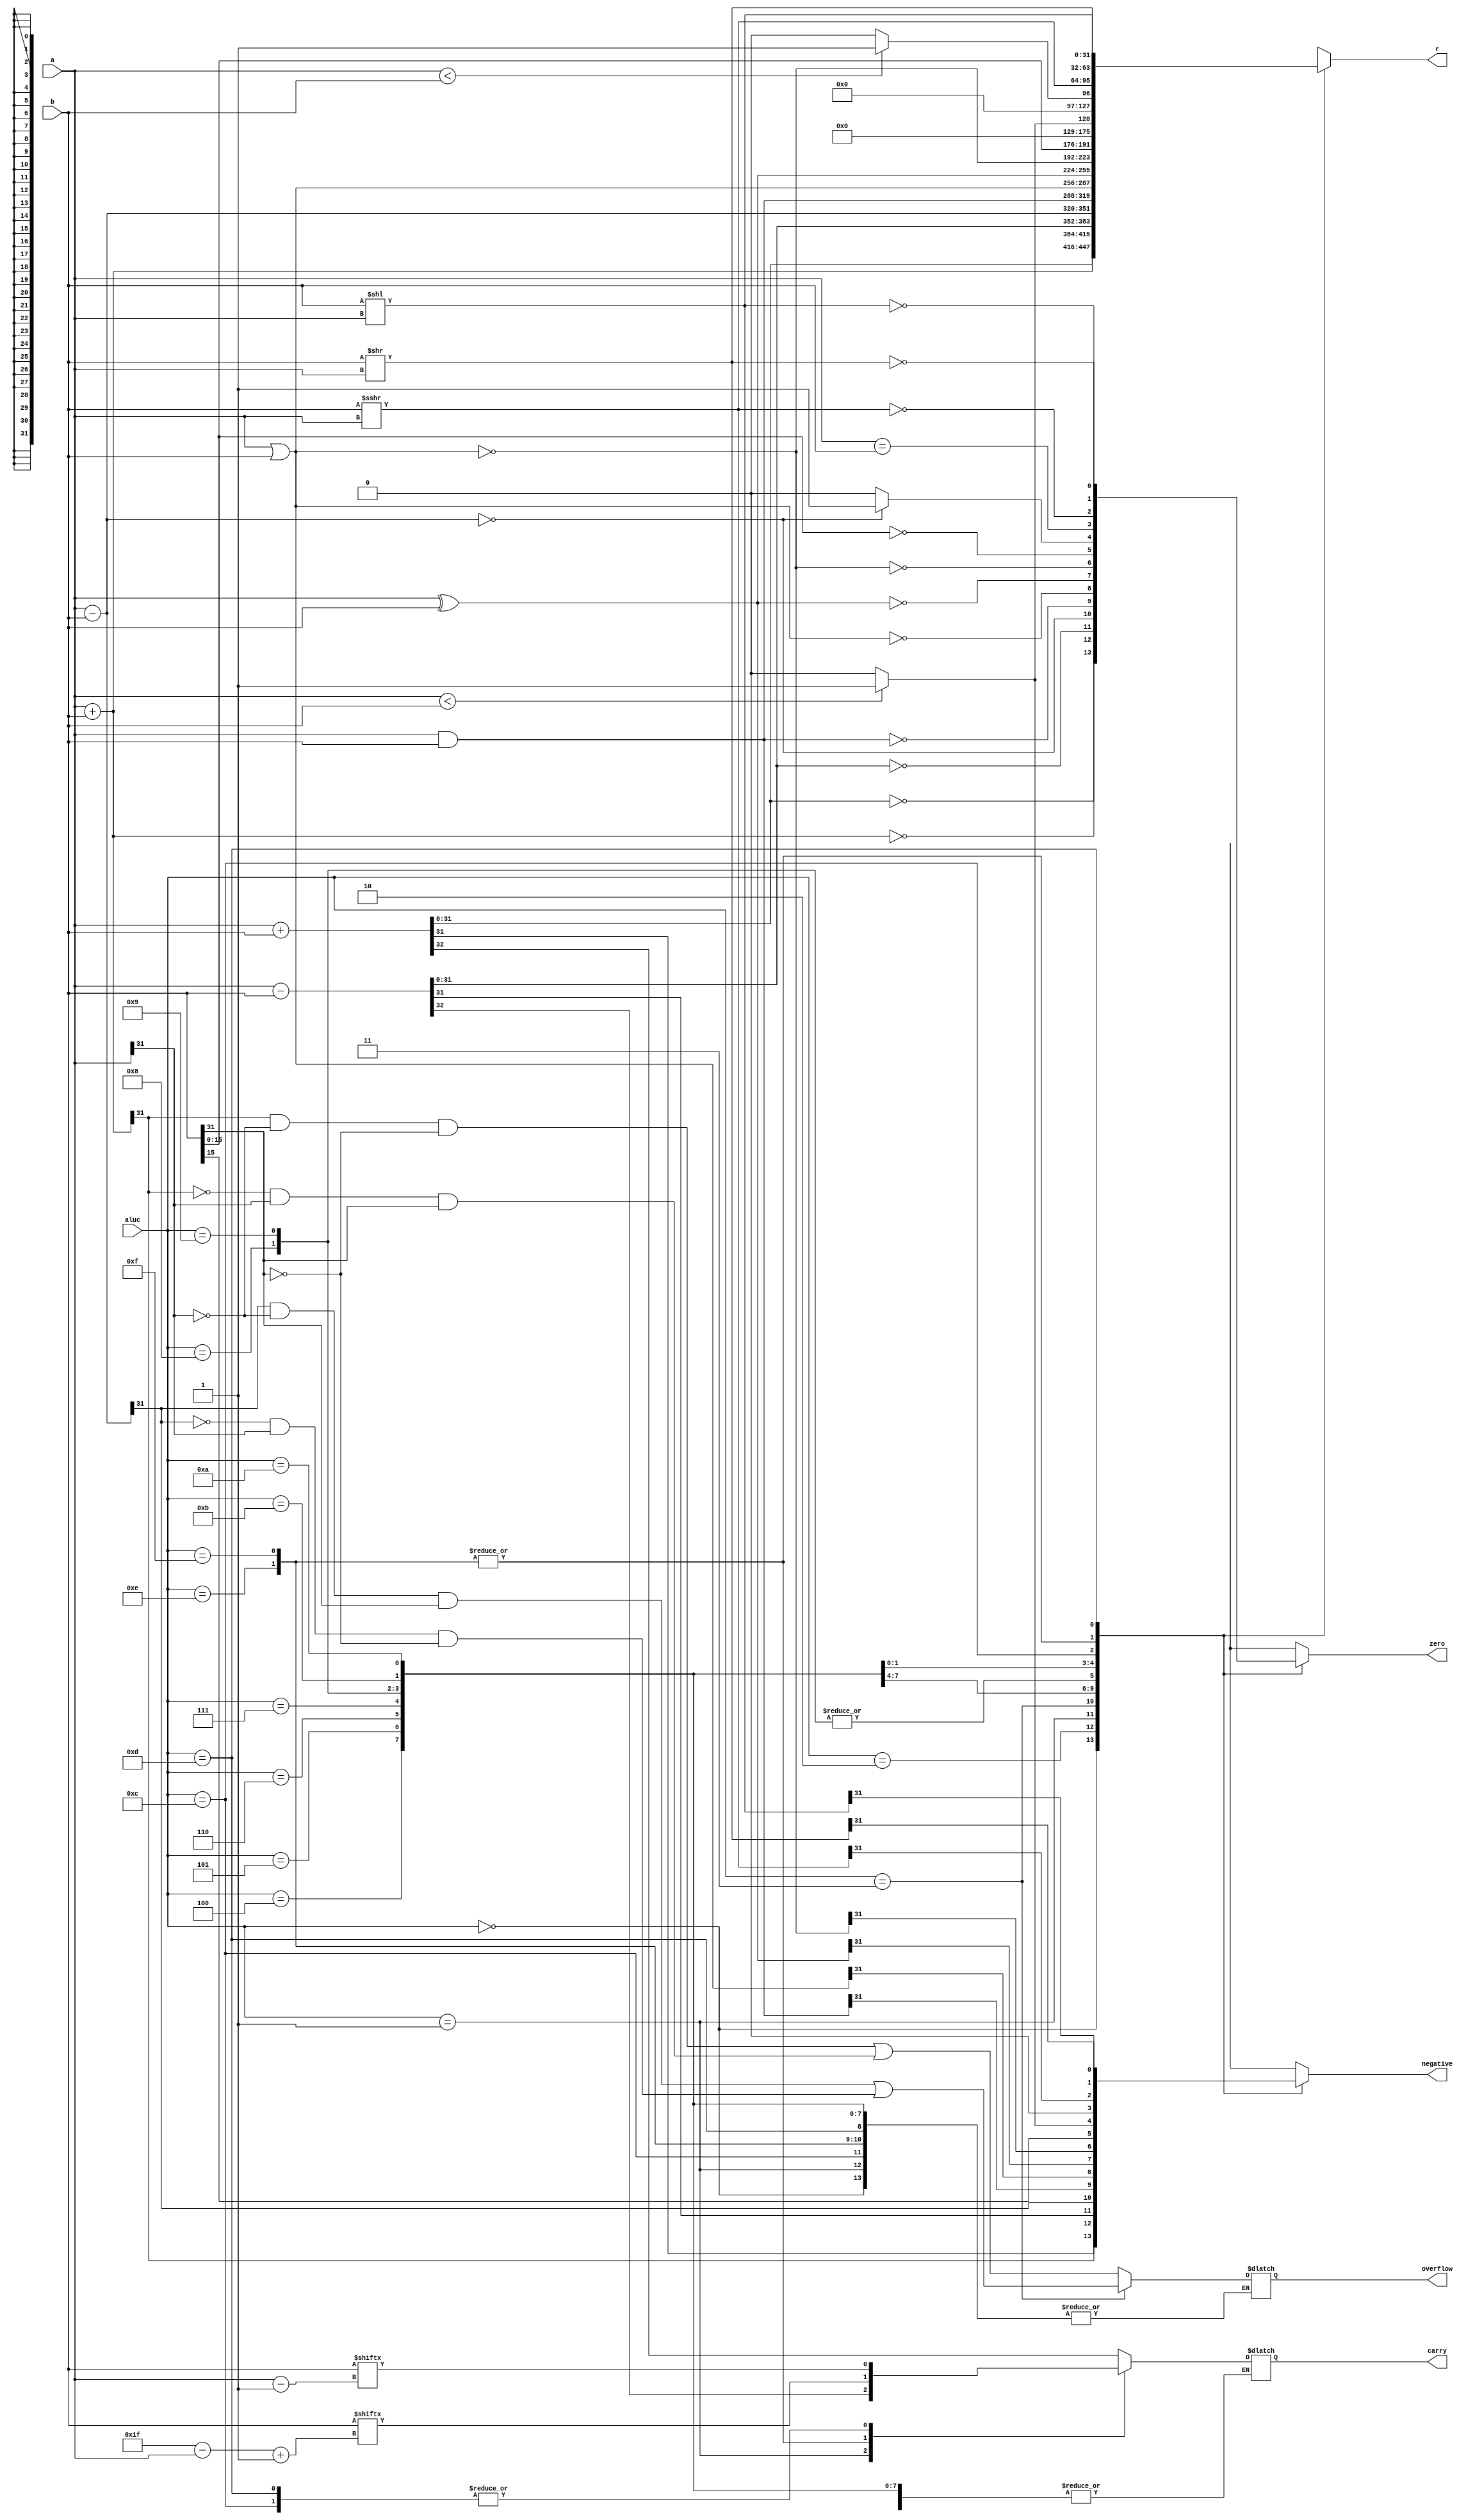
`timescale 1ns / 1ps
//////////////////////////////////////////////////////////////////////////////////
// Company: 
// Engineer: 
// 
// Design Name: 
// Module Name: alu
// Project Name: 
// Target Devices: 
// Tool Versions: 
// Description: 
// 
// Dependencies: 
// 
// Revision:
// Revision 0.01 - File Created
// Additional Comments:
// 
//////////////////////////////////////////////////////////////////////////////////


module ALU(
    input [31:0] a,
    input [31:0] b,
    input [3:0] aluc,
    output reg [31:0] r,
    output reg zero,
    output reg carry,
    output reg negative,
    output reg overflow
    );
    
    always @(*) begin
        case (aluc)
        4'b0000:begin {carry ,r} = a + b; zero = (r==0); negative = r[31]; end
        4'b0010:begin r = a + b; overflow = (r[31]&~a[31]&~b[31] | ~r[31]&a[31]&b[31]); zero = (r==0); negative = r[31]; end
        4'b0001:begin {carry, r} = a - b; zero = (r==0); negative = r[31]; end
        4'b0011:begin r = a - b; overflow = (r[31]&~a[31]&b[31] | ~r[31]&a[31]&~b[31]); zero = (r==0); negative = r[31]; end
        4'b0100:begin r = a & b; zero = (r==0); negative = r[31]; end
        4'b0101:begin r = a | b; zero = (r==0); negative = r[31]; end
        4'b0110:begin r = a ^ b; zero = (r==0); negative = r[31]; end
        4'b0111:begin r = ~(a | b); zero = (r==0); negative = r[31]; end
        4'b1000:begin r = {b[15:0], 16'b0}; zero = (r==0); negative = r[31]; end
        4'b1001:begin r = {b[15:0], 16'b0}; zero = (r==0); negative = r[31]; end
        4'b1011:begin r = $signed(a)<$signed(b)?32'b1:32'b0; zero=(a-b==0)?1:0;negative=($signed(a)<$signed(b))?1:0;end
        4'b1010:begin r = (a<b)?32'b1:32'b0; zero = (a==b); negative = r[31]; end
        4'b1100:begin r = $signed(b) >>> $signed(a); zero = (r==0); carry = b[a-1]; negative = r[31]; end
        4'b1110:begin r = b << a; zero = (r==0); carry = b[31-a+1]; negative = r[31]; end
        4'b1111:begin r = b << a; zero = (r==0); carry = b[31-a+1]; negative = r[31]; end
        4'b1101:begin r = b >> a; zero = (r==0); carry = b[a-1]; negative = r[31]; end
        endcase
    end
    
    
endmodule